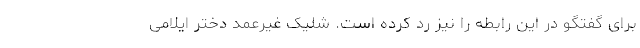
برای گفتگو در این رابطه را نیز رد کرده است. شلیک غیرعمد دختر ایلامی